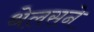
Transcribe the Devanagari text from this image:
थेलसने